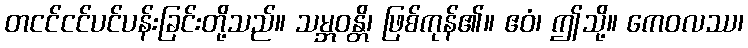
တငင်ငင်ပင်ပန်းခြင်းတို့သည်။ သမ္ဘဝန္တိ၊ ဖြစ်ကုန်၏။ ဧဝံ၊ ဤသို့။ ကေဝလဿ၊